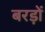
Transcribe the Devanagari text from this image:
बरड़ों